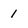
Character: 1